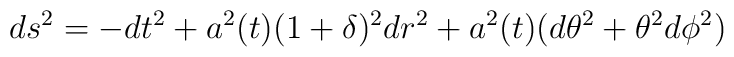
ds^2=-dt^2+a^2(t)(1+\delta)^2dr^2+a^2(t)(d\theta^2+\theta^2d\phi^2)